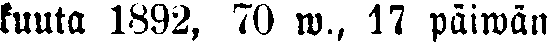
kuuta 1892, 70 w,. 17 päiwän